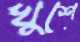
খুশে